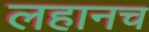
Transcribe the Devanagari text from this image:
लहानच